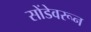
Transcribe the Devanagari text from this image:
सोंडेवरून